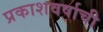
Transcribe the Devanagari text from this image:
प्रकाशवर्षाची